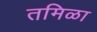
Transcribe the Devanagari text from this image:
तमिळा